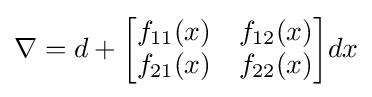
\nabla =d+{\begin{bmatrix}f_{11}(x)&f_{12}(x)\\f_{21}(x)&f_{22}(x)\end{bmatrix}}dx